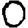
Digit: 0